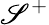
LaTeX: \mathscr{S}^{+}